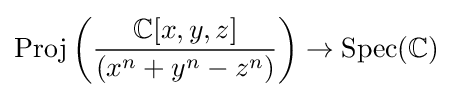
{\text{Proj}}\left({\frac {\mathbb {C} [x,y,z]}{(x^{n}+y^{n}-z^{n})}}\right)\to \operatorname {Spec} (\mathbb {C} )